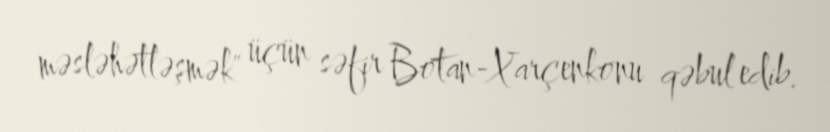
məsləhətləşmək" üçün səfir Botan-Xarçenkonu qəbul edib.